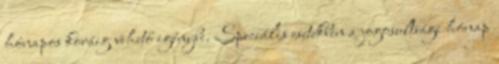
hónapos koráig vehető igénybe. Speciális esetekben a jogosultsági hónap